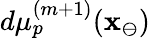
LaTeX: d\mu_{p}^{(m+1)}(\mathbf{x}_{\ominus})